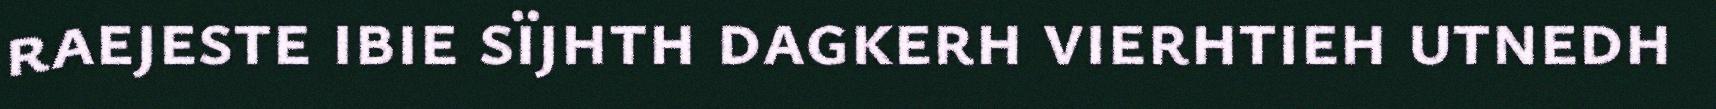
raejeste ibie sïjhth dagkerh vierhtieh utnedh